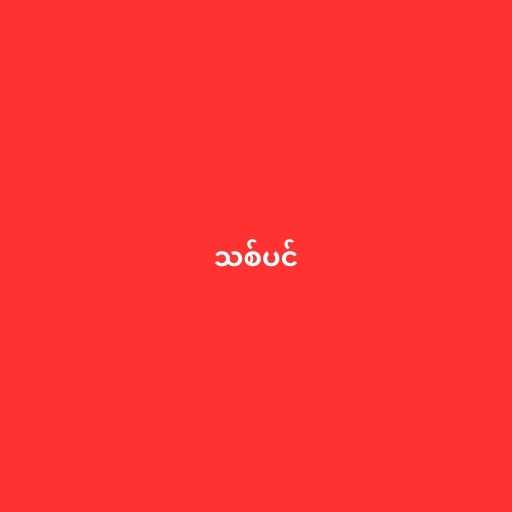
သစ်ပင်